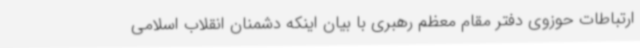
ارتباطات حوزوی دفتر مقام معظم رهبری با بیان اینکه دشمنان انقلاب اسلامی